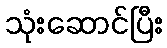
သုံးဆောင်ပြီး